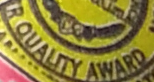
R QUALITY AWARD